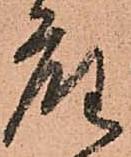
座